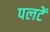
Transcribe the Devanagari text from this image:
पलटें